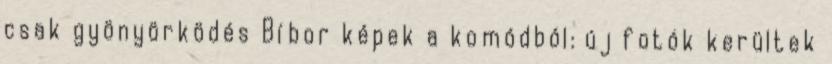
csak gyönyörködés Bíbor képek a komódból: új fotók kerültek